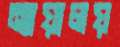
ন্যায়ালয়